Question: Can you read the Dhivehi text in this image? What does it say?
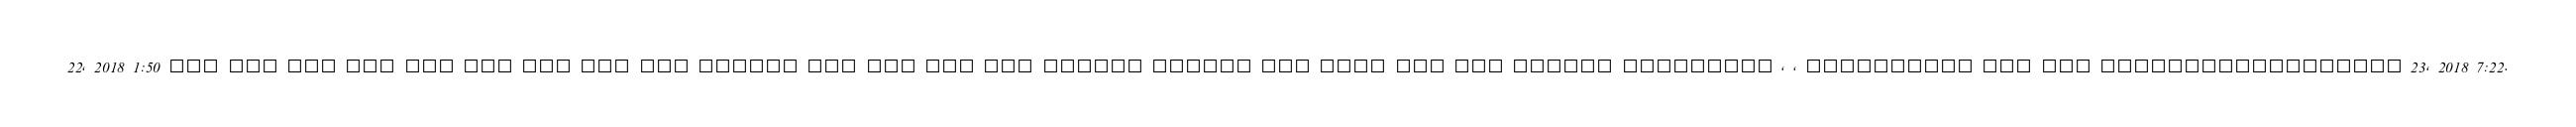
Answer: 22, 2018 1:50 ??? ??? ??? ??? ??? ??? ??? ??? ??? ?????? ??? ??? ??? ??? ?????? ?????? ??? ???? ??? ??? ?????? ????????? , , ?????????? ??? ??? ?????????????????? 23, 2018 7:22.